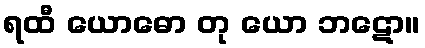
ရထီ ယောဓော တု ယော ဘဋော။